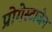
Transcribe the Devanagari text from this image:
प्रोगेस्टाजेन